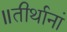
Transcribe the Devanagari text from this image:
॥तीर्थानां